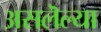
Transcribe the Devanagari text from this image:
असलॆल्या